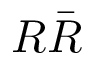
R \bar { R }